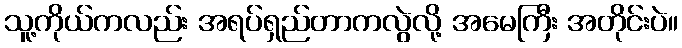
သူ့ကိုယ်ကလည်း အရပ်ရှည်တာကလွဲလို့ အမေကြီး အတိုင်းပဲ။